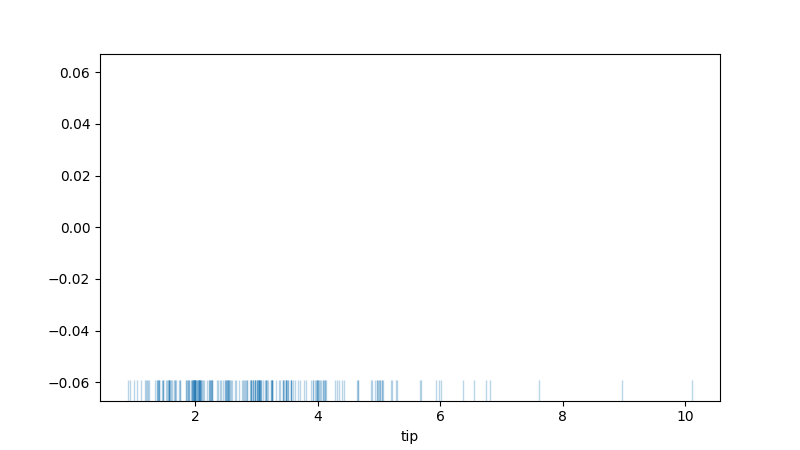
python, seaborn, rugplot, height=0.06, axis='x', alpha=0.3